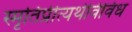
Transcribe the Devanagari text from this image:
स्मृतिप्रीत्यर्थविविध